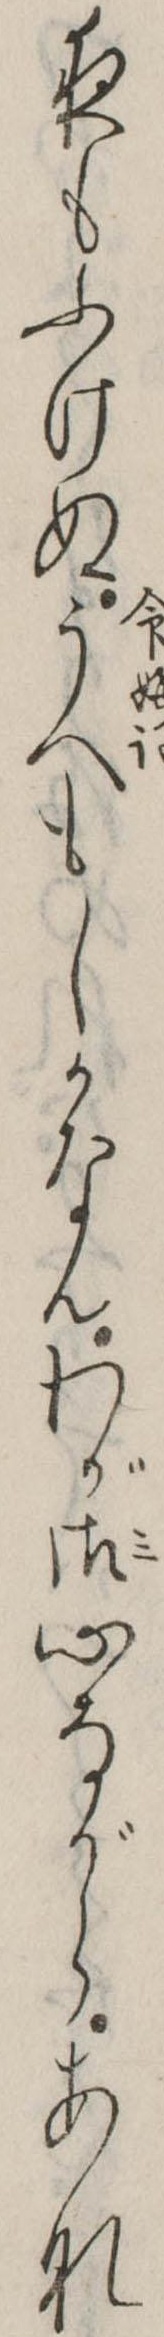
夜もふけぬうへもしかなんわが御心ながらあな